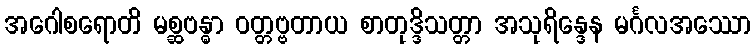
အဂေါစရောတိ မစ္ဆဗန္ဓာ ဝတ္တဗ္ဗတာယ စာတုဒ္ဒိသတ္တာ အသုရိန္ဒေန မင်္ဂလအဿော